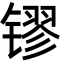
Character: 镠